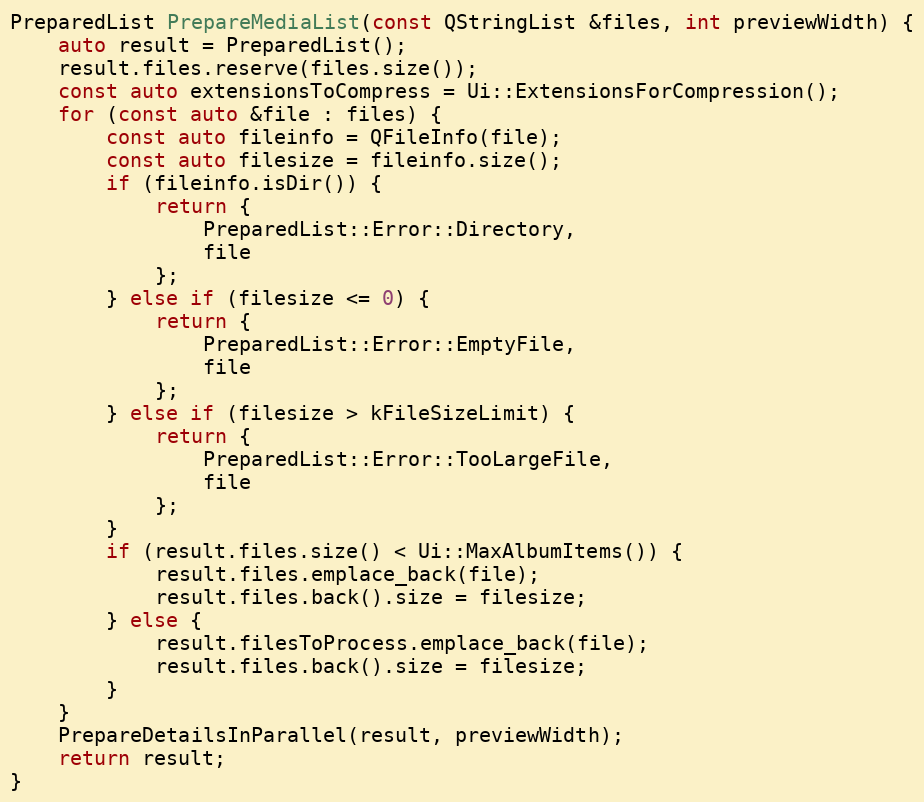
Language: C++
PreparedList PrepareMediaList(const QStringList &files, int previewWidth) {
	auto result = PreparedList();
	result.files.reserve(files.size());
	const auto extensionsToCompress = Ui::ExtensionsForCompression();
	for (const auto &file : files) {
		const auto fileinfo = QFileInfo(file);
		const auto filesize = fileinfo.size();
		if (fileinfo.isDir()) {
			return {
				PreparedList::Error::Directory,
				file
			};
		} else if (filesize <= 0) {
			return {
				PreparedList::Error::EmptyFile,
				file
			};
		} else if (filesize > kFileSizeLimit) {
			return {
				PreparedList::Error::TooLargeFile,
				file
			};
		}
		if (result.files.size() < Ui::MaxAlbumItems()) {
			result.files.emplace_back(file);
			result.files.back().size = filesize;
		} else {
			result.filesToProcess.emplace_back(file);
			result.files.back().size = filesize;
		}
	}
	PrepareDetailsInParallel(result, previewWidth);
	return result;
}